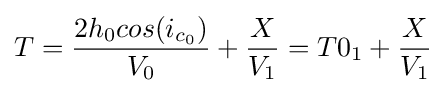
T={2h_{0}cos(i_{c_{0}}) \over V_{0}}+{X \over V_{1}}=T0_{1}+{X \over V_{1}}